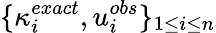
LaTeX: \{ \kappa_{i}^{exact},u_{i}^{obs}\} _{1\le i\le n}